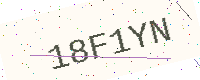
Text: 18F1YN